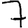
Digit: 7